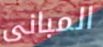
المبانى